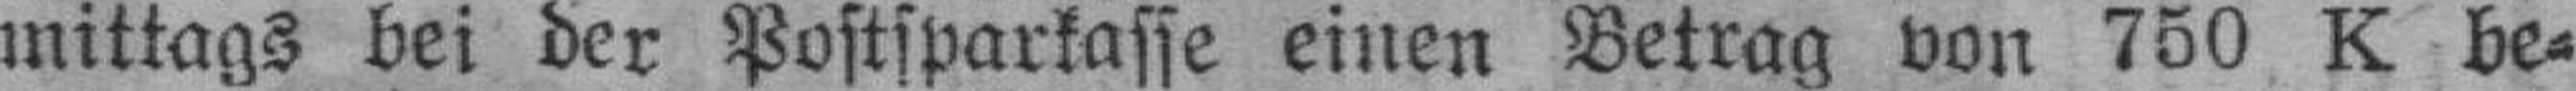
mittags bei der Postsparkasse einen Betrag von 750 K be¬